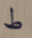
ط